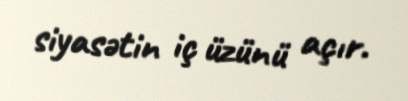
siyasətin iç üzünü açır.